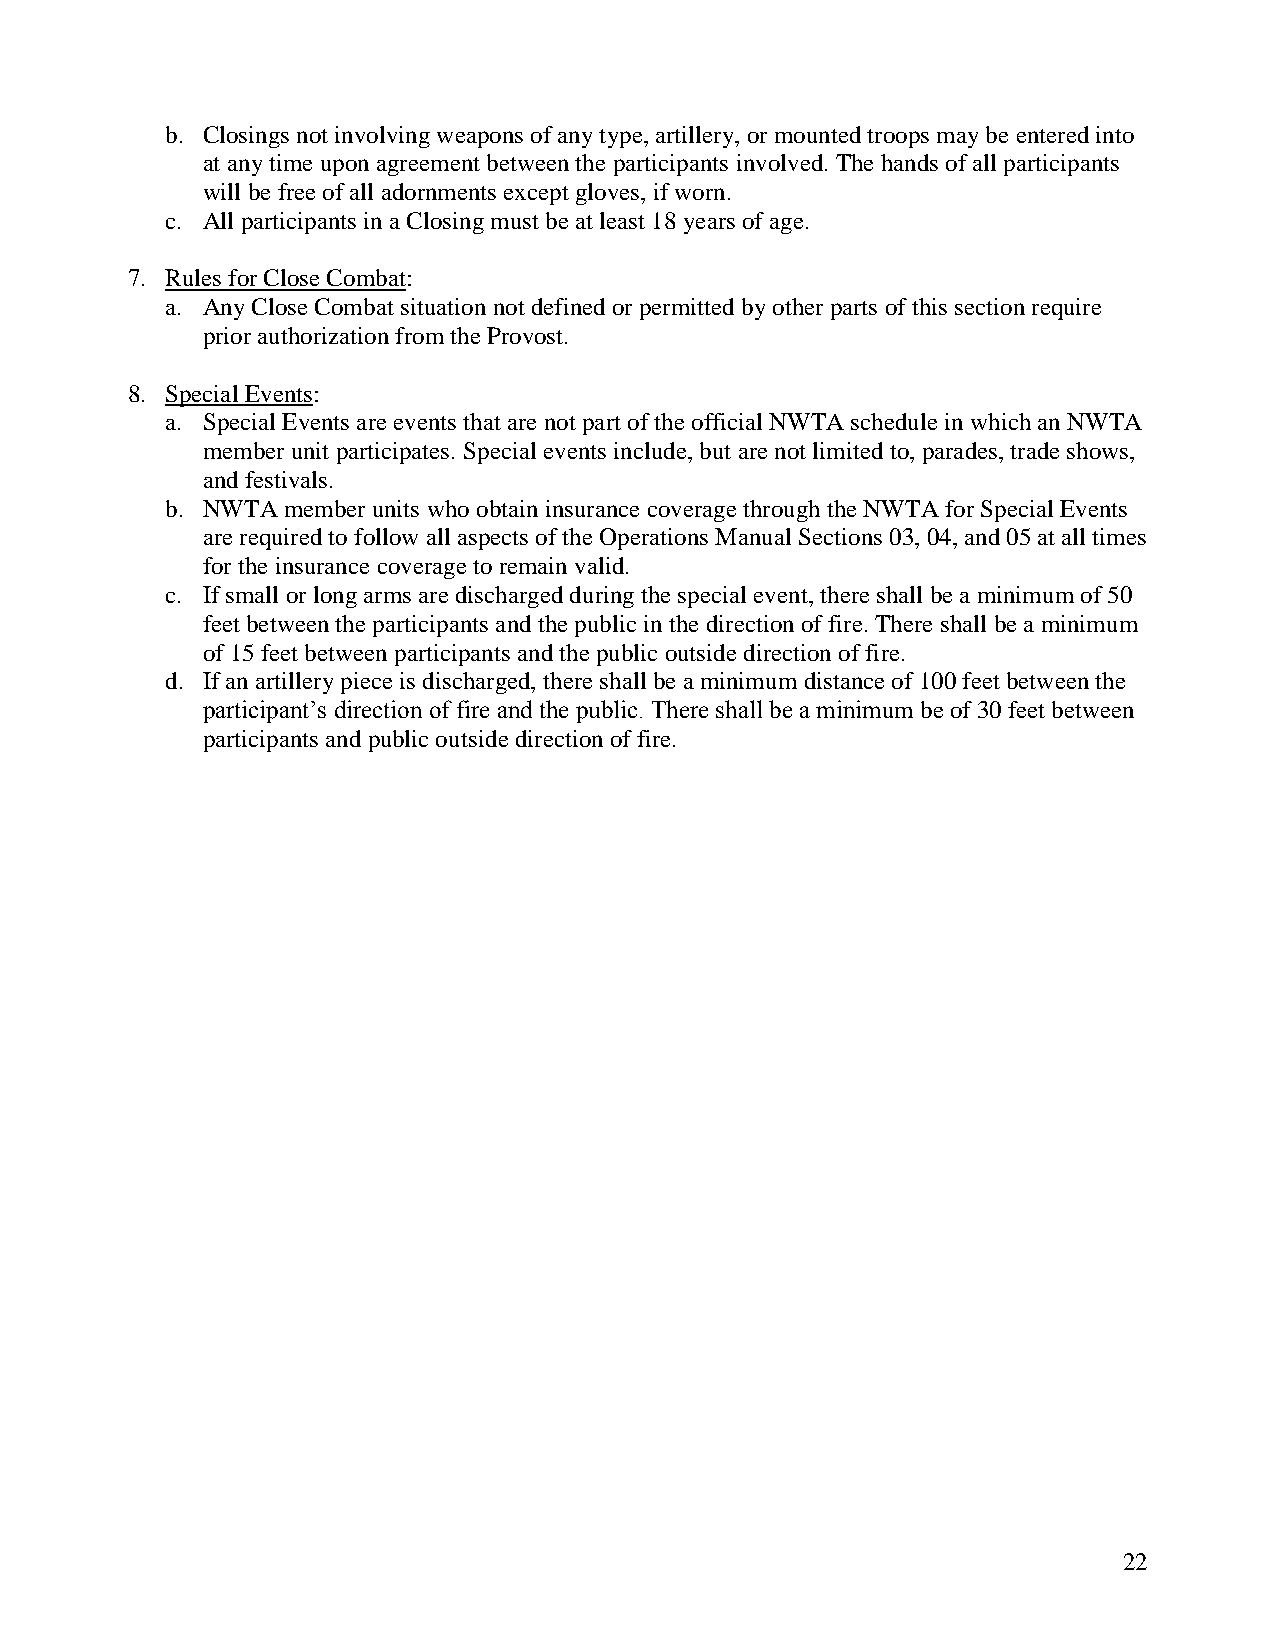
b. Closings not involving weapons of any type, artillery, or mounted troops may be entered into
 at any time upon agreement between the participants involved. The hands of all participants
 will be free of all adornments except gloves, if worn.
 c. All participants in a Closing must be at least 18 years of age.
 7. Rules for Close Combat:
 a. Any Close Combat situation not defined or permitted by other parts of this section require
 prior authorization from the Provost.
 8. Special Events:
 a. Special Events are events that are not part of the official NWTA schedule in which an NWTA
 member unit participates. Special events include, but are not limited to, parades, trade shows,
 and festivals.
 b. NWTA member units who obtain insurance coverage through the NWTA for Special Events
 are required to follow all aspects of the Operations Manual Sections 03, 04, and 05 at all times
 for the insurance coverage to remain valid.
 c. If small or long arms are discharged during the special event, there shall be a minimum of 50
 feet between the participants and the public in the direction of fire. There shall be a minimum
 of 15 feet between participants and the public outside direction of fire.
 d. If an artillery piece is discharged, there shall be a minimum distance of 100 feet between the
 participant’s direction of fire and the public. There shall be a minimum be of 30 feet between
 participants and public outside direction of fire.
 22